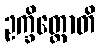
ဥက္ခိတ္တောတိ